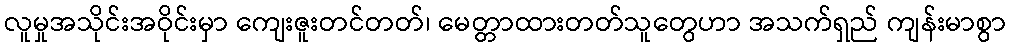
လူမှုအသိုင်းအဝိုင်းမှာ ကျေးဇူးတင်တတ်၊ မေတ္တာထားတတ်သူတွေဟာ အသက်ရှည် ကျန်းမာစွာ